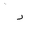
Letter: _dal